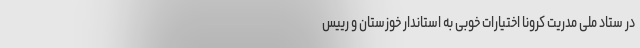
در ستاد ملی مدریت کرونا اختیارات خوبی به استاندار خوزستان و رییس